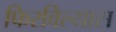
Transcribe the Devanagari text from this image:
फिरविल्यास